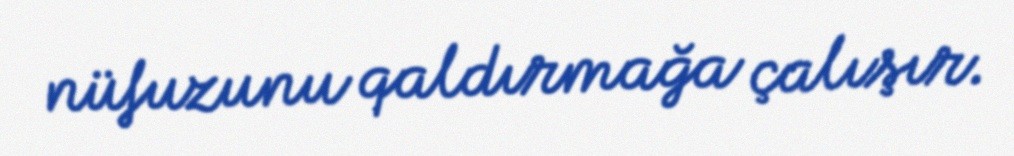
nüfuzunu qaldırmağa çalışır.